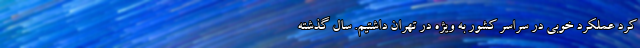
کرد عملکرد خوبی در سراسر کشور به ویژه در تهران داشتیم. سال گذشته